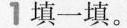
1填一填